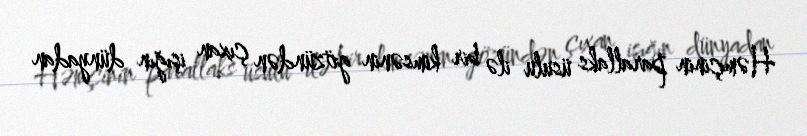
Həmçinin parallaks üsulu ilə bir kimsənin gözündən çıxan işığın dünyadan